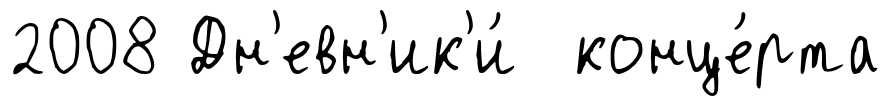
2008 Дн'евн'ик'и́ конце́рта